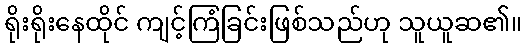
ရိုးရိုးနေထိုင် ကျင့်ကြံခြင်းဖြစ်သည်ဟု သူယူဆ၏။